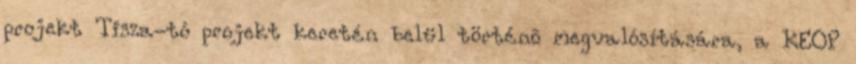
projekt Tisza-tó projekt keretén belül történõ megvalósítására, a KEOP